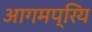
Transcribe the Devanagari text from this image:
आगमप्रिय